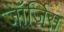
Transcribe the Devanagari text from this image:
जॉर्जिस